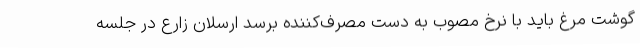
گوشت مرغ باید با نرخ مصوب به دست مصرف‌کننده برسد ارسلان زارع در جلسه